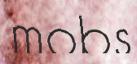
mobs